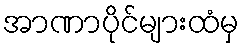
အာဏာပိုင်များထံမှ